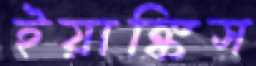
ইয়াঙ্কিস